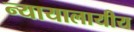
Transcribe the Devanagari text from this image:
न्यायालायीय